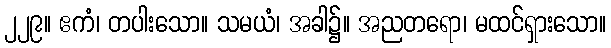
၂၂၉။ ဧကံ၊ တပါးသော။ သမယံ၊ အခါ၌။ အညတရော၊ မထင်ရှားသော။